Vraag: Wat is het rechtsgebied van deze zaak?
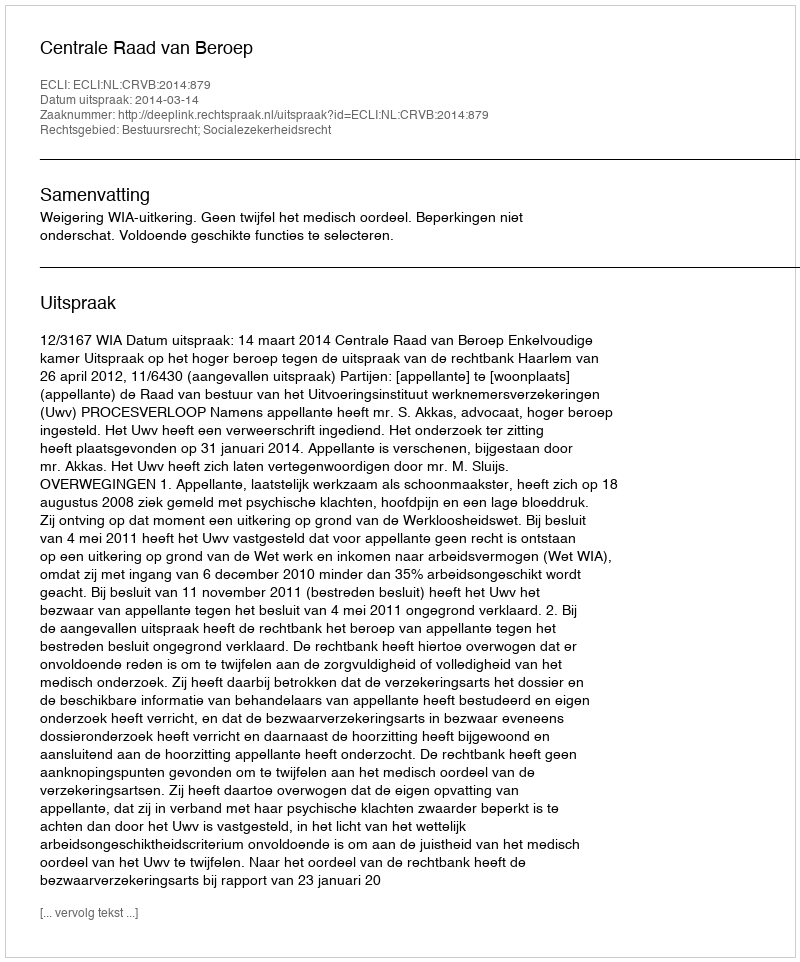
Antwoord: Bestuursrecht; Socialezekerheidsrecht